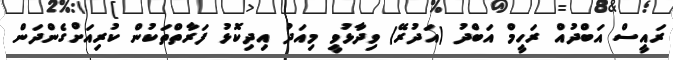
ރައީސް އަބްދުއް ރަހީމް އަބްދު (އަދުރޭ) ވިދާޅުވީ މިއަދު އިދިކޮޅު ފަރާތްތަކުން ކުރިއަށްގެންދަން